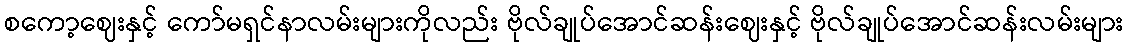
စကော့ဈေးနှင့် ကော်မရှင်နာလမ်းများကိုလည်း ဗိုလ်ချုပ်အောင်ဆန်းဈေးနှင့် ဗိုလ်ချုပ်အောင်ဆန်းလမ်းများ